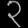
Digit: ၃